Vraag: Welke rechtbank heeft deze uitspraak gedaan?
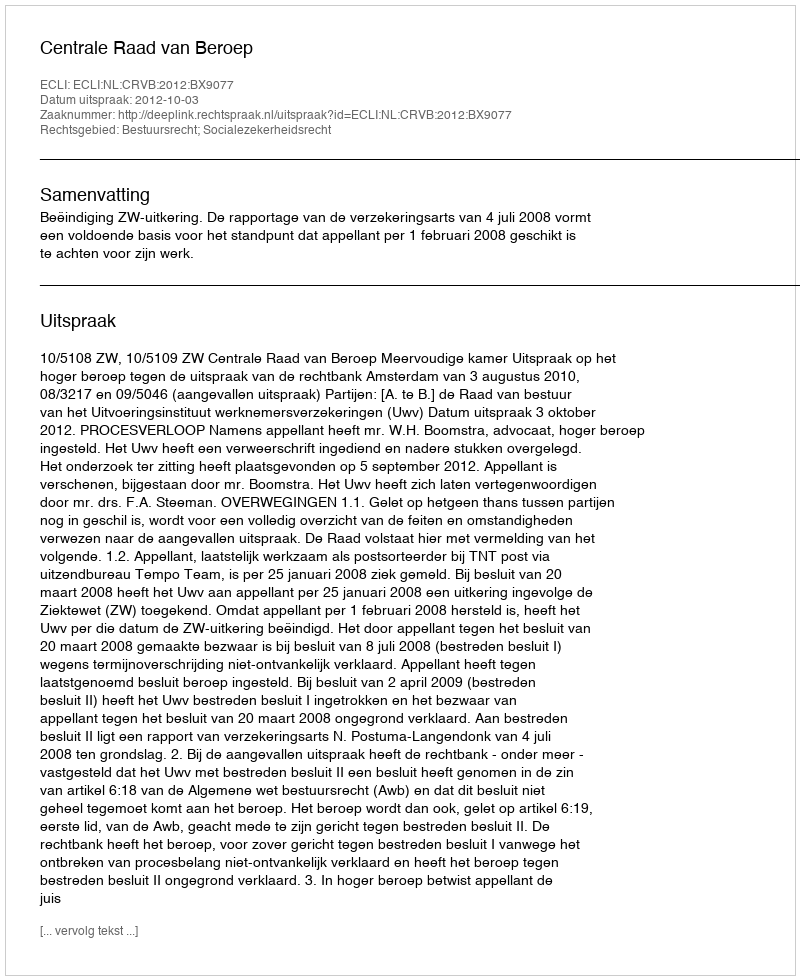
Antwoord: Centrale Raad van Beroep